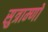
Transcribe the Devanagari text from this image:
सुत्राम्णो